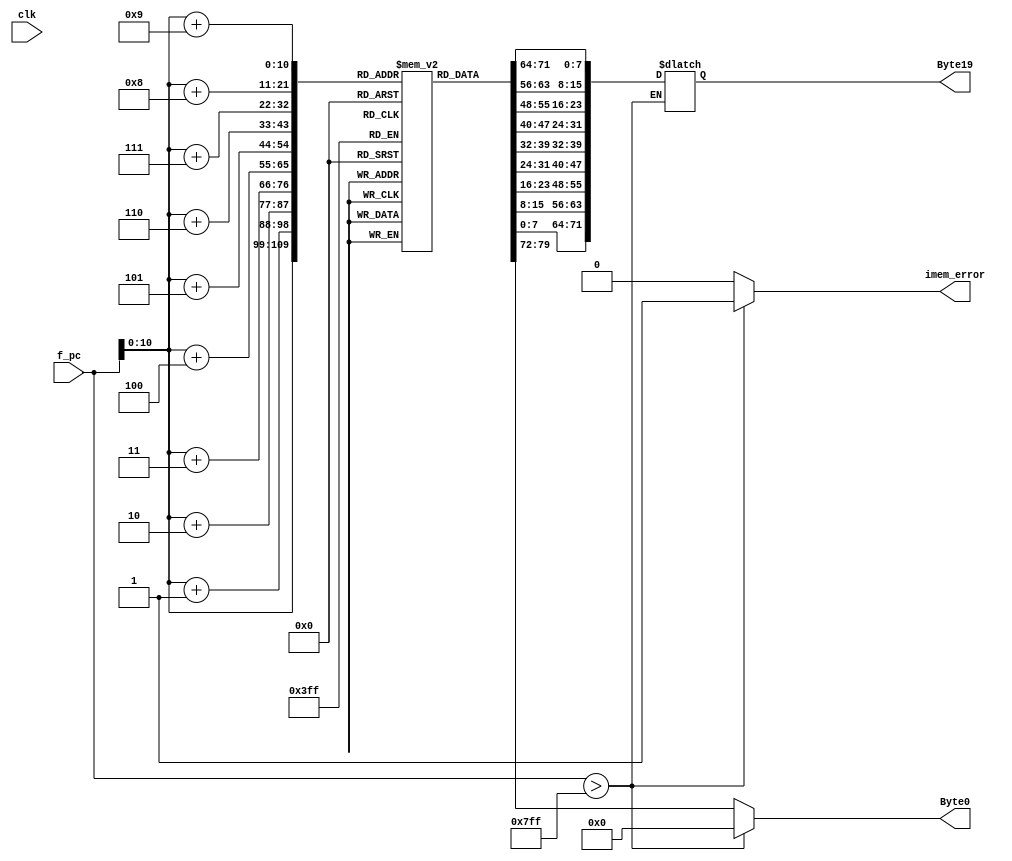
module instruction_memory(clk, f_pc, imem_error, Byte0, Byte19);

input clk;
input[63:0] f_pc;
output reg imem_error;
output reg[7:0] Byte0;
output reg[71:0] Byte19;

reg [0:7] instr_mem[0:2047];

initial begin

//nopo 	
instr_mem[0] <= 8'b00010000; //icode ifun

//irmovq %512 %rsi
instr_mem[1] <= 8'b00110000; //icode ifun
instr_mem[2] <= 8'b11110100; //reg 15 8
instr_mem[3] <= 8'b00000000; // 1 0
instr_mem[4] <= 8'b00000010;
instr_mem[5] <= 8'b00000000;
instr_mem[6] <= 8'b00000000;
instr_mem[7] <= 8'b00000000;
instr_mem[8] <= 8'b00000000;
instr_mem[9] <= 8'b00000000;
instr_mem[10] <= 8'b00000000; // 0 0 

//irmovq %16 %rdi
instr_mem[11] <= 8'b00110000; //icode ifun 3 0
instr_mem[12] <= 8'b11110111; //reg F 7
instr_mem[13] <= 8'b00010000; // 10 : 0 A
instr_mem[14] <= 8'b00000000;
instr_mem[15] <= 8'b00000000;
instr_mem[16] <= 8'b00000000;
instr_mem[17] <= 8'b00000000;
instr_mem[18] <= 8'b00000000;
instr_mem[19] <= 8'b00000000;
instr_mem[20] <= 8'b00000000;


//pushq %rdi
instr_mem[21] <= 8'b10100000; //icode ifun
instr_mem[22] <= 8'b01111111; //reg 15 7

//popq %r14
instr_mem[23] <= 8'b10110000; //icode ifun
instr_mem[24] <= 8'b11101111; //reg 15 14

//irmovq %10 %r12
instr_mem[25] <= 8'b00110000; //icode ifun
instr_mem[26] <= 8'b11111100; //reg 15 8
instr_mem[27] <= 8'b00001010; // 1 0
instr_mem[28] <= 8'b00000000;
instr_mem[29] <= 8'b00000000;
instr_mem[30] <= 8'b00000000;
instr_mem[31] <= 8'b00000000;
instr_mem[32] <= 8'b00000000;
instr_mem[33] <= 8'b00000000;
instr_mem[34] <= 8'b00000000; // 0 0 


//rmmovq %r12 %(rdi)
instr_mem[35] <= 8'b01000000; //icode ifun 3 0
instr_mem[36] <= 8'b11000111; //reg 
instr_mem[37] <= 8'b00000000; // 10 : 0 A
instr_mem[38] <= 8'b00000000;
instr_mem[39] <= 8'b00000000;
instr_mem[40] <= 8'b00000000;
instr_mem[41] <= 8'b00000000;
instr_mem[42] <= 8'b00000000;
instr_mem[43] <= 8'b00000000;
instr_mem[44] <= 8'b00000000;


//mrmovq %r13 %(rdi) 
instr_mem[45] <= 8'b01010000; //icode ifun 5 0
instr_mem[46] <= 8'b11010111; //reg 
instr_mem[47] <= 8'b00000000; // 10 : 0 A
instr_mem[48] <= 8'b00000000;
instr_mem[49] <= 8'b00000000;
instr_mem[50] <= 8'b00000000;
instr_mem[51] <= 8'b00000000;
instr_mem[52] <= 8'b00000000;
instr_mem[53] <= 8'b00000000;
instr_mem[54] <= 8'b00000000;


//add  %1r2   %r13
instr_mem[55] <= 8'b01100000; //icode ifun 6 0
instr_mem[56] <= 8'b1101101; //reg 



//call
instr_mem[57] <= 8'b10000000; //icode ifun: 8 0 
instr_mem[58] <= 8'b01110000; 
instr_mem[59] <= 8'b00000000;
instr_mem[60] <= 8'b00000000;
instr_mem[61] <= 8'b00000000;
instr_mem[62] <= 8'b00000000;
instr_mem[63] <= 8'b00000000;
instr_mem[64] <= 8'b00000000;
instr_mem[65] <= 8'b00000000;

//halt
instr_mem[66] <= 8'b00000000; // 00

// irmovq $8 %r8
instr_mem[112] <= 8'b00110000; //icode ifun
instr_mem[113] <= 8'b11111000; //reg
instr_mem[114] <= 8'b00001000;
instr_mem[115] <= 8'b00000000;
instr_mem[116] <= 8'b00000000;
instr_mem[117] <= 8'b00000000;
instr_mem[118] <= 8'b00000000;
instr_mem[119] <= 8'b00000000;
instr_mem[120] <= 8'b00000000;
instr_mem[121] <= 8'b00000000;

// irmovq %1 %r9
instr_mem[122] <= 8'b00110000; //icode ifun
instr_mem[123] <= 8'b11111001; //reg
instr_mem[124] <= 8'b00000001;
instr_mem[125] <= 8'b00000000;
instr_mem[126] <= 8'b00000000;
instr_mem[127] <= 8'b00000000;
instr_mem[128] <= 8'b00000000;
instr_mem[129] <= 8'b00000000;
instr_mem[130] <= 8'b00000000;
instr_mem[131] <= 8'b00000000;

// xorq %rax % rax  %rax =0
instr_mem[132] <= 8'b01100011; //icode ifun
instr_mem[133] <= 8'b00000000; //reg

// andq %rsi %rsi -- set CC %rsi =6
instr_mem[134] <= 8'b01100010; //icode ifun
instr_mem[135] <= 8'b01100110; //reg

// jmp test- some memory address
instr_mem[136] <= 8'b01110000; //icode ifun
instr_mem[137] <= 8'b10010001; //reg
instr_mem[138] <= 8'b00000000;
instr_mem[139] <= 8'b00000000;
instr_mem[140] <= 8'b00000000;
instr_mem[141] <= 8'b00000000;
instr_mem[142] <= 8'b00000000;
instr_mem[143] <= 8'b00000000;
instr_mem[144] <= 8'b00000000;


// loop:
instr_mem[145] <= 8'b01100001; //icode ifun
instr_mem[146] <= 8'b10011000; //reg

/* // loop:
instr_mem[145] <= 8'b01100001; //icode ifun
instr_mem[146] <= 8'b10011000; //reg */

//test:
//jne loop;
instr_mem[147] <= 8'b01110100; //icode ifun
instr_mem[148] <= 8'b10010001; //reg
instr_mem[149] <= 8'b00000000; //
instr_mem[150] <= 8'b00000000; //
instr_mem[151] <= 8'b00000000; //
instr_mem[152] <= 8'b00000000; //
instr_mem[153] <= 8'b00000000; //
instr_mem[154] <= 8'b00000000; //
instr_mem[155] <= 8'b00000000; //

//ret
instr_mem[156] <= 8'b10010000; // 9 0 
end


always @(*) begin

	if(f_pc > 64'd2047) begin
		imem_error <= 1'b1;
		Byte0 <= 8'b00000000;

	end
	else begin
		imem_error = 1'b0;
		Byte0 = instr_mem[f_pc];
		Byte19[7:0] <= instr_mem[f_pc+1];
		Byte19[15:8] <= instr_mem[f_pc+2];
		Byte19[23:16] <= instr_mem[f_pc+3];
		Byte19[31:24] <= instr_mem[f_pc+4];
		Byte19[39:32] <= instr_mem[f_pc+5];
		Byte19[47:40] <= instr_mem[f_pc+6];
		Byte19[55:48] <= instr_mem[f_pc+7];
		Byte19[63:56] <= instr_mem[f_pc+8];
		Byte19[71:64] <= instr_mem[f_pc+9];

		
	end	
end

endmodule